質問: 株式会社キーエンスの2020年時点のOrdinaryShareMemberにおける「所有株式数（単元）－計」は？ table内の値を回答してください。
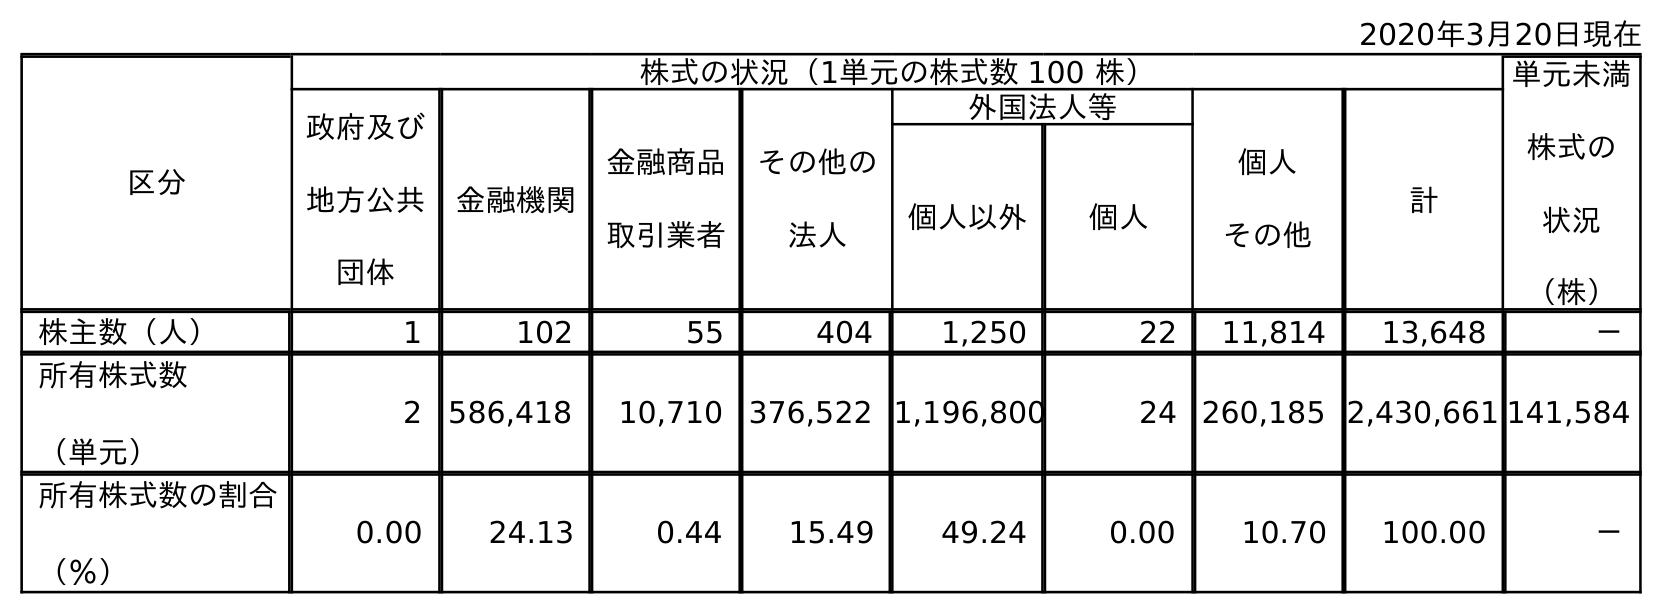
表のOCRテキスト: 2020年3月20日現在 区分 株式の状況（1単元の株式数 100 株） 単元未満 株式の 状況 （株） 政府及び 地方公共 団体 金融機関 金融商品 取引業者 その他の 法人 外国法人等 個人 その他 計 個人以外 個人 株主数（人） 1 102 55 404 1,250 22 11,814 13,648 － 所有株式数 （単元） 2 586,418 10,710 376,522 1,196,800 24 260,185 2,430,661 141,584 所有株式数の割合 （％） 0.00 24.13 0.44 15.49 49.24 0.00 10.70 100.00 －
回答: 2,430,661